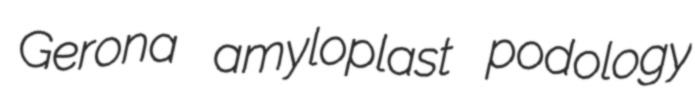
Gerona amyloplast podology